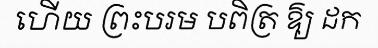
ហើយ ព្រះបរម បពិត្រ ឱ្យ ដក